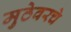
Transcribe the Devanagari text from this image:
मुठेवरचे